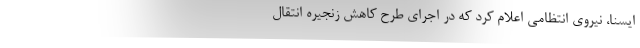
ایسنا، نیروی انتظامی اعلام کرد که در اجرای طرح کاهش زنجیره انتقال